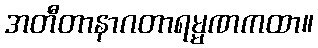
အတီတာနာဂတာရမ္မဏကထာ။